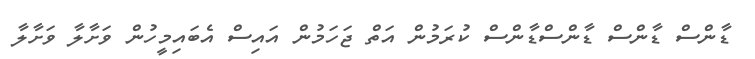
ޑާންްސް ޑާންސް ޑާންސްޑާންސް ކުރަމުން އަތް ޖަހަމުން އައިސް އެބައިމީހުން ވަށާލާ ވަށާާލާ